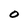
Character: O